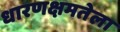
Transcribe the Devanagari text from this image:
धारणक्षमतेला